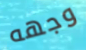
وجهه